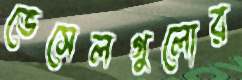
ভেসেলগুলোর